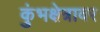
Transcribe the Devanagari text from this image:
कुंभक्षेत्रावर